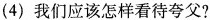
(4)我们应该怎样看待夸父?